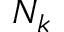
N _ { k }